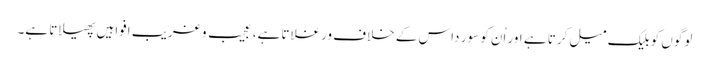
لوگوں کو بلیک میل کرتا ہے اور اُن کو سور داس کے خلاف ورغلاتا ہے، عجیب و غریب افواہیں پھیلاتا ہے۔